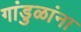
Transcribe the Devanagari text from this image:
गांडुळांना